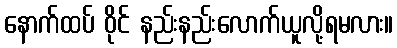
နောက်ထပ် ဝိုင် နည်းနည်းလောက်ယူလို့ရမလား။